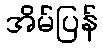
အိမ်ပြန်